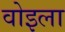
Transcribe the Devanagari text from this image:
वोइला